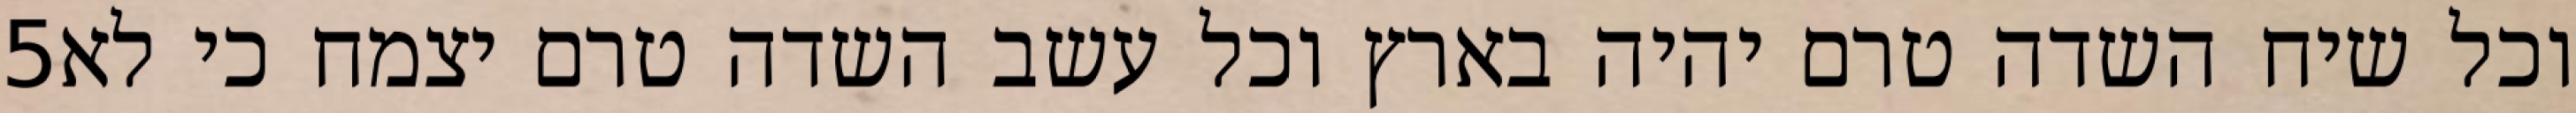
‎5‏ וכל שיח השדה טרם יהיה בארץ וכל עשב השדה טרם יצמח כי לא